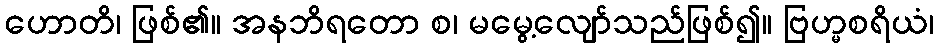
ဟောတိ၊ ဖြစ်၏။ အနဘိရတော စ၊ မမွေ့လျော်သည်ဖြစ်၍။ ဗြဟ္မစရိယံ၊